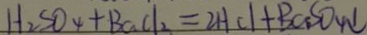
H _ { 2 } S O _ { 4 } + B a C l _ { 2 } = 2 H C l + B a S O _ { 4 } \downarrow